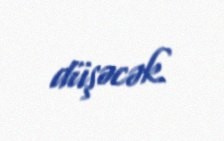
düşəcək.